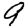
Digit: 9